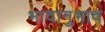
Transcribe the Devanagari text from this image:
भावानुभाव